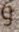
و